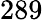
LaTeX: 289